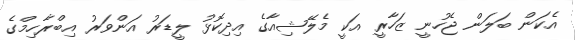
އެކަން ބަލަން ޖެހުނީ ޒަހާރީ އަކީ މެލޭޝިއާގެ އިދިކޮޅު ލީޑަރު އަންވަރު އިބްރާހިމްގެ